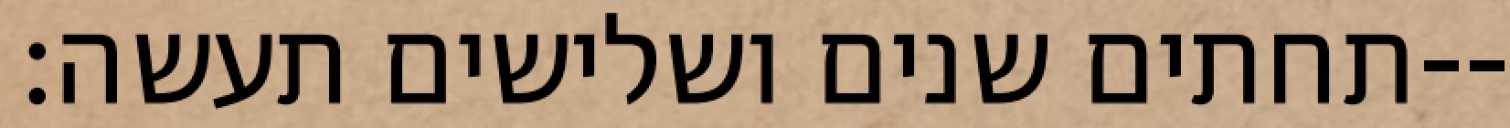
תחתים שנים ושלישים תעשה׃--